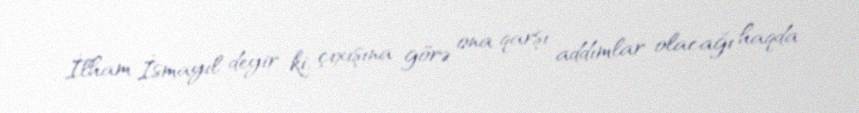
İlham İsmayıl deyir ki, çıxışına görə ona qarşı addımlar olacağı haqda